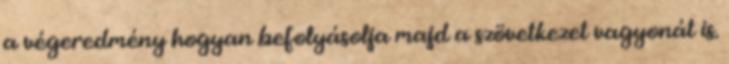
a végeredmény hogyan befolyásolja majd a szövetkezet vagyonát is.